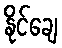
နိုင်ချေ